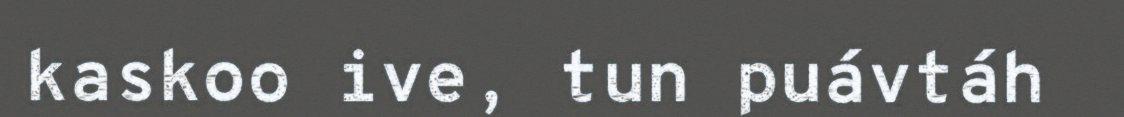
kaskoo ive, tun puávtáh